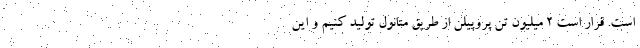
است. قرار است ۲ میلیون تن پروپیلن از طریق متانول تولید کنیم و این